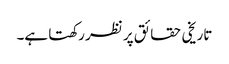
تاریخی حقائق پر نظر رکھتا ہے۔